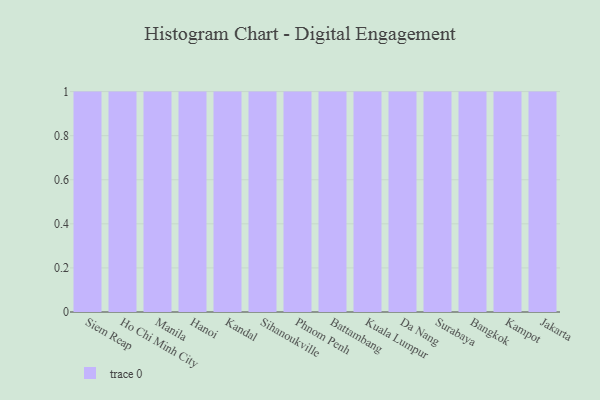
{"axis": {"x": "City", "y": "Market Share (%)"}, "legend": [""], "data": [{"x": "Siem Reap", "y": 15, "type": ""}, {"x": "Ho Chi Minh City", "y": 59, "type": ""}, {"x": "Manila", "y": 91, "type": ""}, {"x": "Hanoi", "y": 73, "type": ""}, {"x": "Kandal", "y": 95, "type": ""}, {"x": "Sihanoukville", "y": 14, "type": ""}, {"x": "Phnom Penh", "y": 31, "type": ""}, {"x": "Battambang", "y": 80, "type": ""}, {"x": "Kuala Lumpur", "y": 43, "type": ""}, {"x": "Da Nang", "y": 71, "type": ""}, {"x": "Surabaya", "y": 39, "type": ""}, {"x": "Bangkok", "y": 17, "type": ""}, {"x": "Kampot", "y": 89, "type": ""}, {"x": "Jakarta", "y": 3, "type": ""}]}